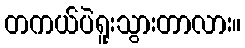
တကယ်ပဲရူးသွားတာလား။